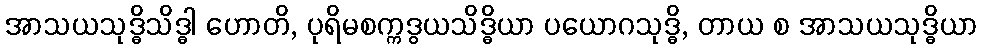
အာသယသုဒ္ဓိသိဒ္ဓါ ဟောတိ, ပုရိမစက္ကဒွယသိဒ္ဓိယာ ပယောဂသုဒ္ဓိ, တာယ စ အာသယသုဒ္ဓိယာ